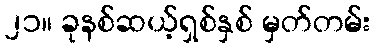
၂၁။ ခုနစ်ဆယ့်ရှစ်နှစ် မှတ်တမ်း